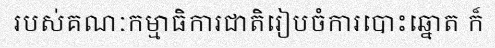
របស់គណៈកម្មាធិការជាតិរៀបចំការបោះឆ្នោត ក៏